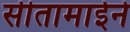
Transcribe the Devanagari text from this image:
सीतामाईने